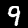
Label: 9